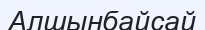
Алшынбайсай